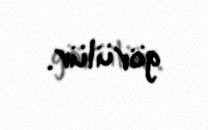
görülür.